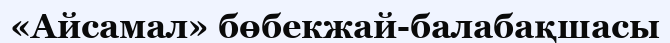
«Айсамал» бөбекжай-балабақшасы